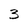
Character: 3